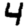
Digit: 4